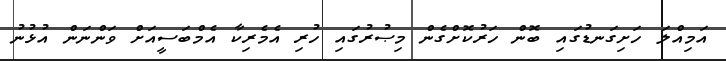
އަމިއްލަ ހަށިގަނޑުގައި ބޮން ހަރުކޮށްގެން މިޞުރުގައި ހުރި އެމެރިކާ އެމްބަސީއަށް ވަންނަން އުޅުނު